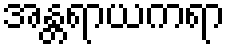
အန္တရာယကရာ